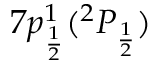
7 p _ { \frac { 1 } { 2 } } ^ { 1 } ( ^ { 2 } P _ { \frac { 1 } { 2 } } )